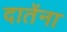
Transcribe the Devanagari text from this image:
दातेंना